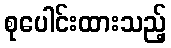
စုပေါင်းထားသည့်